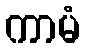
ကာမံ